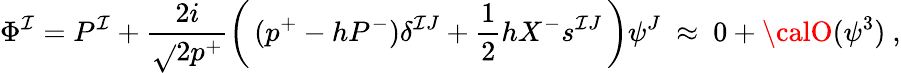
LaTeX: \Phi^{\mathcal{I}}=P^{\mathcal{I}}+\frac{{2i}}{{\sqrt{}{{2p^{+}}}}}\left(\, (p^{+}-hP^{-})\delta^{\mathcal{I}J}+\frac{{1}}{{2}}hX^{-}s^{\mathcal{I}J}\, \right)\psi^{J}~\approx~0+{\calO}(\psi^{3})~,